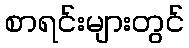
စာရင်းများတွင်